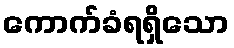
ကောက်ခံရရှိသော